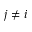
j \neq i